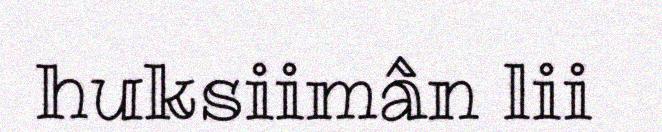
huksiimân lii